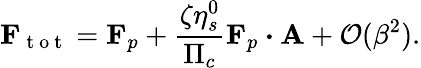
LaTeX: \mathbf{F}_{\mathrm{~t~o~t~}}=\mathbf{F}_{p}+\frac{\zeta\eta_{s}^{0}}{\Pi_{c}}\mathbf{F}_{p}\boldsymbol{\cdot}\mathbf{A}+\mathcal{O}(\beta^{2}).